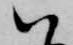
ハ